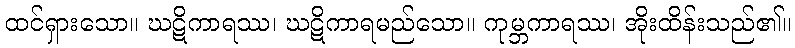
ထင်ရှားသော။ ဃဋိကာရဿ၊ ဃဋိကာရမည်သော။ ကုမ္ဘကာရဿ၊ အိုးထိန်းသည်၏။